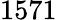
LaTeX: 1571